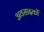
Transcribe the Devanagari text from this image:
अवसादकों